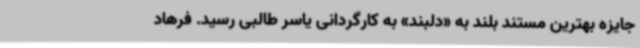
جایزه بهترین مستند بلند به «دلبند» به کارگردانی یاسر طالبی رسید. فرهاد